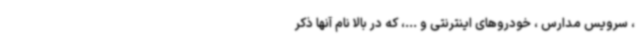
، سرویس مدارس ، خودروهای اینترنتی و ...، که در بالا نام آنها ذکر